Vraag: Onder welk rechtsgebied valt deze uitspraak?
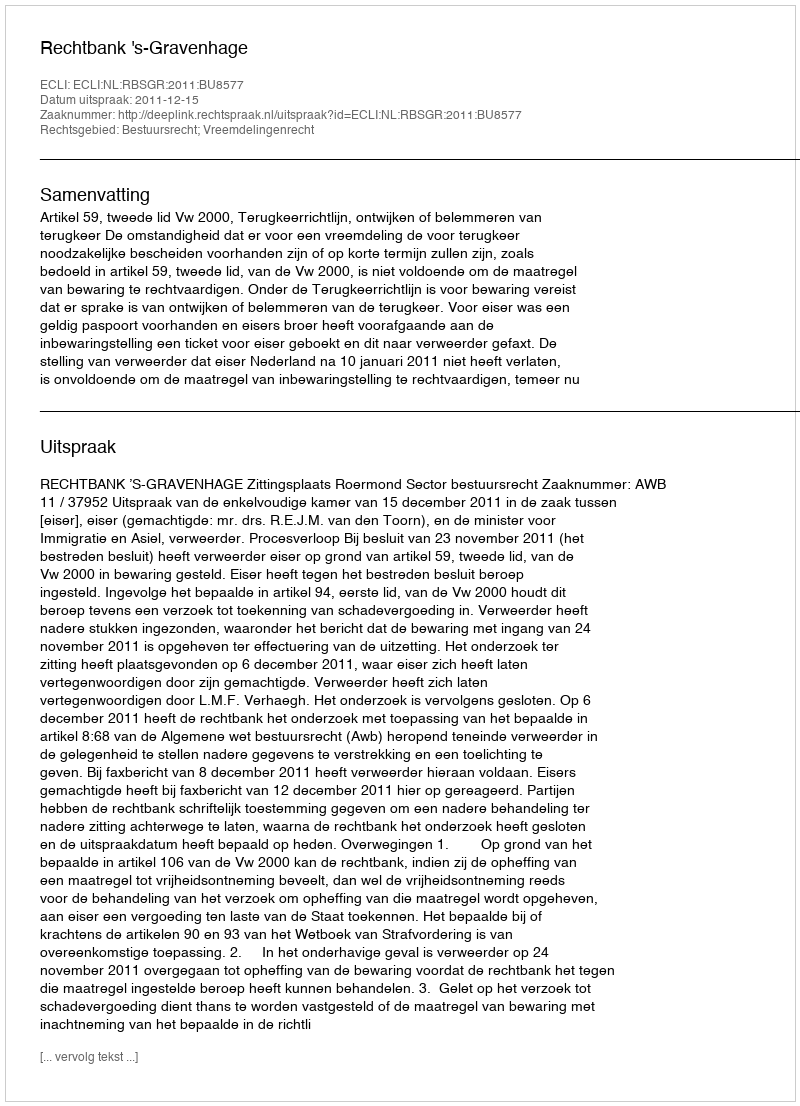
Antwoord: Bestuursrecht; Vreemdelingenrecht